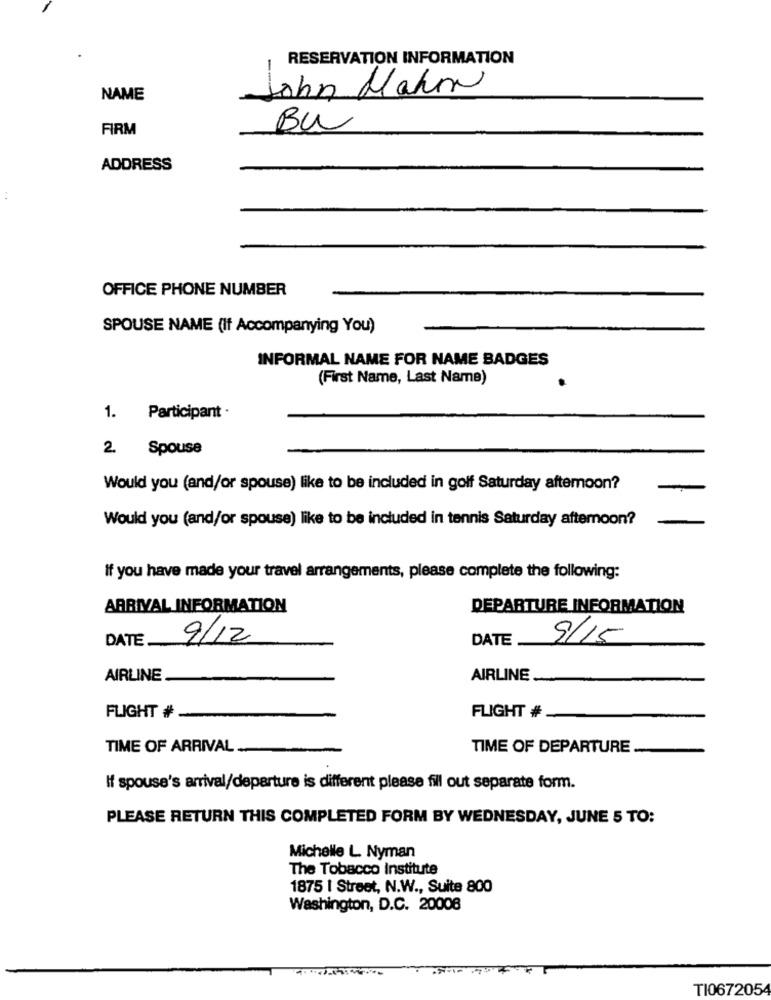
RESERVATION INFORMATION
John Mahon
NAME
FIRM
Bu
ADDRESS
..
OFFICE PHONE NUMBER
SPOUSE NAME (If Accompanying You)
INFORMAL NAME FOR NAME BADGES
(First Name, Last Name)
1. Participant ·
2. Spouse
Would you (and/or spouse) like to be included in golf Saturday aftemoon?
Would you (and/or spouse) like to be included in tennis Saturday afternoon?
If you have made your travel arrangements, please complete the following:
ARRIVAL INFORMATION
DEPARTURE INFORMATION
DATE
9/12
DATE
9/15
AIRLINE
AIRLINE
FLIGHT #
FLIGHT #
TIME OF ARRIVAL ...
TIME OF DEPARTURE
If spouse's arrival/departure is different please fill out separate form.
PLEASE RETURN THIS COMPLETED FORM BY WEDNESDAY, JUNE 5 TO:
Michelle L Nyman
The Tobacco Institute
1875 | Street, N.W ., Suite 800
Washington, D.C. 20008
TI0672054